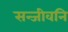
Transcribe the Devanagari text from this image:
सन्जीवनि